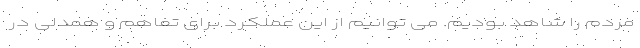
مردم را شاهد بودیم. می توانیم از این عملکرد برای تفاهم و همدلی در